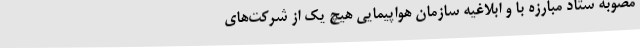
مصوبه ستاد مبارزه با و ابلاغیه سازمان هواپیمایی هیچ یک از شرکت‌های